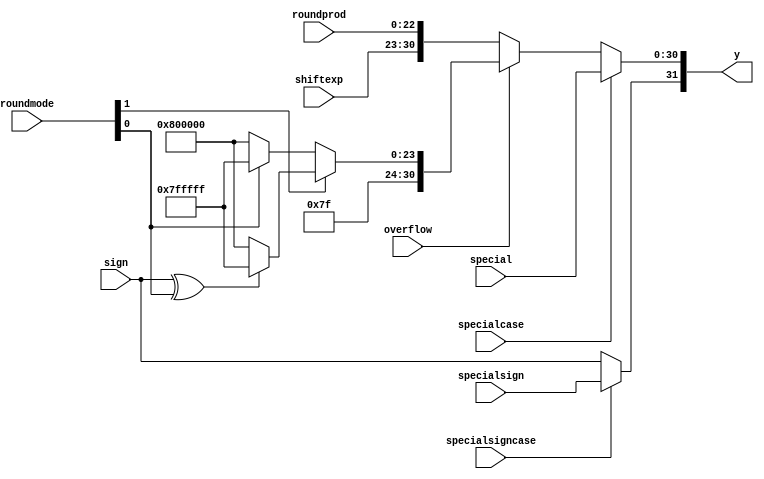
`define NWIDTH 6'b010100
`define BLOCKWIDTH 4'b0101
`define DDRWIDTH 7'b0100000
`define DDRNUMDQS 4'b0100
`define DDRSIZEWIDTH 6'b011000
`define BURSTLEN 3'b010
`define MEMCONWIDTH 8'b01000000
`define MEMCONNUMBYTES 5'b01000
`define RAMWIDTH 10'b0100000000
`define RAMNUMBYTES 7'b0100000
`define RAMSIZEWIDTH 4'b0101
`define TOPWIDTH 7'b0100000
`define rFIFOINPUTWIDTH 8'b01000000
`define wFIFOINPUTWIDTH 10'b0100000000
`define mFIFOWIDTH 6'b011100
`define aFIFOWIDTH 4'b0101
`define SIMULATION_MEMORY
`define BLOCKM 6'b010000
`define BLOCKN 6'b010000
`define BLOCKMDIVK 3'b010
`define MEMBLOCKM 5'b01000
`define MEMBLOCKN 5'b01000
`define NWIDTH 6'b010100
`define BLOCKWIDTH 4'b0101
`define DDRSIZEWIDTH 6'b011000
`define RAMSIZEWIDTH 4'b0101
`define START 1'b0 //0
`define SETUP 2'b01 //1
`define FIRST 3'b010 //2
`define MODE0_SETUP 3'b011 //3
`define MODE0_WAIT 4'b0100 //4
`define MODE0 4'b0101 //5
`define MODE1_SETUP 4'b0110 //6
`define MODE1_WAIT 4'b0111 //7
`define MODE1 5'b01000 //8
`define MODE2_SETUP 5'b01001 //9
`define MODE2_WAIT 5'b01010 //10
`define MODE2 5'b01011 //11
`define MODE3_SETUP 5'b01100 //12
`define MODE3_WAIT 5'b01101 //13
`define MODE3 5'b01110 //14
`define STALL 5'b01111 //15
`define STALL_WAIT 6'b010000 //16
`define WAIT 6'b010001 //17
`define FINAL_WRITE 6'b010010 //18
`define FINAL_WAIT 6'b010011 //19
`define IDLE 6'b010100 //20
`define LAST_SETUP 6'b010101 //21
`define LAST_SETUP_WAIT 6'b010110 //22
`define LAST 6'b010111 //23
`define LAST_WAIT 6'b011000 //24
`define MEM_IDLE 1'b0 //0
`define MEM_WRITE 2'b01 //1
`define MEM_WRITE_WAIT 3'b010 //2
`define MEM_CHECK_DONE 3'b011 //3
`define MEM_READ 4'b0100 //4
`define MEM_READ_WAIT 4'b0101 //5
`define MEM_DONE 4'b0110 //6
`define MEM_WAIT_DONE 4'b0111 //7
`define rRAMSIZEWIDTH 5
`define cSETUP 4'b0000
`define cSTART 4'b0001
`define cFETCH_COL 4'b0010
`define cWAIT_COL 4'b0011
`define cFIND_REC 4'b0100
`define cMULT_COL 4'b0101
`define cUPDATE_J 4'b0110
`define cSTORE_MO 4'b0111
`define cMULT_SUB 4'b1000
`define cINCRE_I 4'b1001
`define cWAIT 4'b1010
`define cDONE 4'b1011
`define cSTORE_DIAG 4'b1100
`define cSTORE_DIAG2 4'b1101
`define cSTART_FETCH_ROW 4'b1110
`define cROW_WAIT 2'b00
`define cFETCH_ROW 2'b01
`define cDONE_FETCH_ROW 2'b10
`define cLOAD_ROW_INC_J 2'b11
`define PRECISION 7'b0100000
`define NUMPE 5'b01000
`define PEWIDTH 3'b011
`define BLOCKWIDTH 4'b0101
`define RAMWIDTH 10'b0100000000
`define RAMNUMBYTES 7'b0100000
`define RAMSIZEWIDTH 4'b0101
`define TOPSIZEWIDTH 5'b01000
`define TOPINPUTDELAY 3'b011
`define TOPOUTPUTDELAY 2'b01
`define MEMINPUTDELAY 3'b010
`define MEMOUTPUTDELAY 2'b01
`define TOPWIDTH 7'b0100000
//`define rFIFOINPUTWIDTH 64
`define rFIFOSIZE 64
`define rFIFOSIZEWIDTH 6
`define rFIFOOUTPUTWIDTH 256
`define rFIFORSIZEWIDTH 4
	`define wFIFOINPUTWIDTH 10'b0100000000
	`define wFIFOSIZE 6'b010000
	`define wFIFOSIZEWIDTH 4'b0100
	`define wFIFOOUTPUTWIDTH 8'b01000000
	`define wFIFORSIZEWIDTH 4'b0110
`define aFIFOSIZE 6'b010000
`define aFIFOSIZEWIDTH 4'b0100
`define aFIFOWIDTH 4'b0101
`define mFIFOSIZE 16
`define mFIFOSIZEWIDTH 4
//`define mFIFOWIDTH 28
`define BURSTLEN 3'b010
`define BURSTWIDTH 3'b010
`define DATAWIDTH 10'b0100000000
`define DATANUMBYTES 7'b0100000
`define MEMCONWIDTH 8'b01000000
`define MEMCONNUMBYTES 5'b01000
`define DDRSIZEWIDTH 6'b011000
`define FIFOSIZE 6'b010000
`define FIFOSIZEWIDTH 4'b0100
`define RAMWIDTH 10'b0100000000
`define RAMNUMBYTES 7'b0100000
`define RAMSIZEWIDTH 4'b0101
`define RATIO 4'b0100
`define RAMLAT 4'b0101
`define dIDLE 0
`define dWRITE 1
`define dREAD 2
`define ZERO        8'b00000000  
`define ONE         8'b00000001  
`define TWO         8'b00000010  
`define THREE 		  8'b00000011  
`define FOUR		  8'b00000100  
`define FIVE		  8'b00000101  
`define SIX         8'b00000110  
`define SEVEN       8'b00000111  
`define EIGHT       8'b00001000  
`define NINE        8'b00001001  
`define TEN         8'b00001010  
`define ELEVEN      8'b00001011  
`define TWELVE      8'b00001100  
`define THIRTEEN    8'b00001101  
`define FOURTEEN    8'b00001110  
`define FIFTEEN     8'b00001111  
`define SIXTEEN     8'b00010000  
`define SEVENTEEN   8'b00010001  
`define EIGHTEEN	  8'b00010010  
`define NINETEEN    8'b00010011  
`define TWENTY		  8'b00010100  
`define TWENTYONE   8'b00010101  
`define TWENTYTWO   8'b00010110  
`define TWENTYTHREE 8'b00010111  
`define TWENTYFOUR  8'b00011000  
`define WEXP	8  
`define WSIG	23  
`define WFLAG	5  
`define WCONTROL 5  
`define DIVZERO 	0  
`define INVALID 	1  
`define INEXACT 	2  
`define OVERFLOW 	3  
`define UNDERFLOW	4  
`define WIDTH 		32 	//(`WEXP + `WSIG + 1)  
`define PRODWIDTH	48 	//(2 * (`WSIG + 1))  
`define SHIFTWIDTH	96 	//(2 * `PRODWIDTH))  
`define WPRENORM	24	// `WSIG + 1  
`define WEXPSUM		10	// `WEXP + 2  
`define BIAS		127	// (2^(`WEXP)) - 1  
`define WSIGMINUS1	22	// `WSIG - 1, used for rounding  
`define WSHIFTAMT	5	// log2(`WSIG + 1) rounded up  
`define UNDERBIAS	192	// 3 * 2 ^ (`WEXP -2)  
`define OVERBIAS	-192	// -`UNDERBIAS  
`define	EXTRASIG	25		// `WSIG+2 this is the amount of precision needed so no  
`define	SHIFT		5		// # bits the max alignment shift will fit in (log2(`WSIG+2)  
`define	MAX_EXP		8'b11111110	// the maximum non-infinite exponent,  
`define	INF_EXP		8'b11111111	// Infinity exponent, `WEXP bits, all 1  
`define	MAX_SIG		23'b11111111111111111111111  
`define	WEXP_0		8'b0		// Exponent equals `WEXP'b0  
`define	WEXP_1		8'b1		// Exponent equals one `WEXP'b1  
`define	WSIG_0		23'b0		// Significand equals zero `WSIG'b0  
`define	WSIG_1		23'b1		// Significand equals one `WSIG'b1  
`define	EXTRASIG_0	25'b0		// All result bits for adder zero `EXTRASIG'b0  
`define	MAXSHIFT	24		// `WSIG + 1  
`define CONSTNAN	{9'b111111111,22'b0}  
`define CONSTZERO	31'b0  
`define CONSTINFINITY	{8'b11111111, 23'b0}  
`define CONSTLARGEST	{`MAX_EXP, `MAX_SIG}  
`define PRESHIFTZEROS  48'b0 // `PRODWIDTH'b0  

module assemble(roundprod, special, y, sign, specialsign,  
		shiftexp, specialcase, specialsigncase, 
		roundmode, overflow); 
 
  // external signals 
  input	[`WSIG-1:0] 	roundprod;	// shifted, rounded and normalized  
					// 	product of mantissae 
  input	[`WIDTH-2:0]	special;	// special case product + exponent 
  output [`WIDTH-1:0] 	y;		// floating-point product 
  input			sign;		// sign of product (+ = 0, - = 1) 
  input			specialsign;	// special case sign 
  input	[`WEXP-1:0] 	shiftexp;	// shifted exponent 
  input			specialcase;	// this is a special case 
  input			specialsigncase; // use the special case sign 
  input	[1:0]		roundmode;	// rounding mode information extracted from control field   
  input			overflow;	// overflow detected 
   
  // internal signals 
  wire	[`WIDTH-2:0]	rounded;	// final product + exponent 
  wire	[`WIDTH-2:0]	overflowvalue;	// product + exponent for overflow condition 
  wire			undenormed;	// the result was denormalized before rounding, but rounding  
					//	caused it to become a small normalized number. 
 
  // SET UP ROUNDED PRODUCT + EXPONENT 
   
  // assign significand 
  assign rounded[`WSIG-1:0]	= roundprod; 
 
  // assign exponent 
  assign rounded[`WIDTH-2:`WIDTH-`WEXP-1] = shiftexp; 
 
  // SET UP OVERFLOW CONDITION 
  assign overflowvalue[`WIDTH-2:0] = roundmode[1] ?  
				(sign ^ roundmode[0] ? `CONSTLARGEST : `CONSTINFINITY) : 
				(roundmode[0] ? `CONSTLARGEST: `CONSTINFINITY); 
 
  // FINAL PRODUCT ASSIGN  
 
  // assign sign 
  assign y[`WIDTH-1]	= specialsigncase ? specialsign : sign; 
 
  // assign product vs special vs overflowed 
  assign y[`WIDTH-2:0]	= specialcase ? special[`WIDTH-2:0] : 
				(overflow ? overflowvalue[`WIDTH-2:0] : 
				rounded[`WIDTH-2:0]); 
 
endmodule